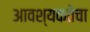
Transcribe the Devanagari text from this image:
आवश्‍यकतेचा